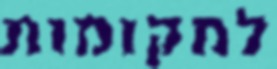
למקומות